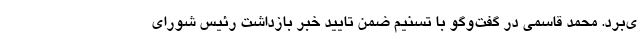
ی‌برد. محمد قاسمی در گفت‌وگو با تسنیم ضمن تایید خبر بازداشت رئیس شورای